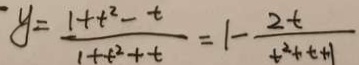
y = \frac { 1 + t ^ { 2 } - t } { 1 + t ^ { 2 } + t } = 1 - \frac { 2 t } { t ^ { 2 } + t + 1 }